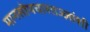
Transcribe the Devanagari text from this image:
मानसोपचारतज्ज्ञांशी